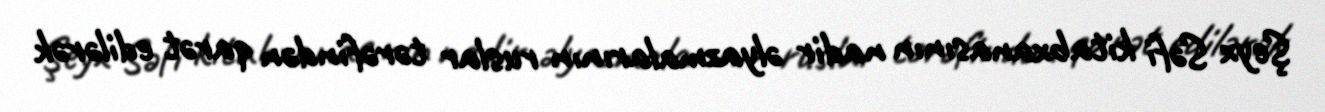
Şeyx Səfi kitabxanasının nadir əlyazmalarının ruslar tərəfindən qarət edilərək